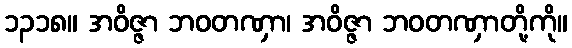
၁၃၁၈။ အဝိဇ္ဇာ ဘဝတဏှာ၊ အဝိဇ္ဇာ ဘဝတဏှာတို့ကို။